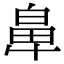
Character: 𮮵